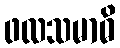
ဖလသမာဓိ